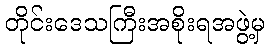
တိုင်းဒေသကြီးအစိုးရအဖွဲ့မှ